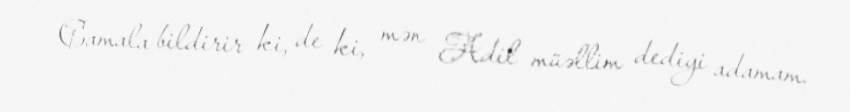
Camala bildirir ki, de ki, mən Adil müəllim dediyi adamam.